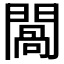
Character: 𨵧